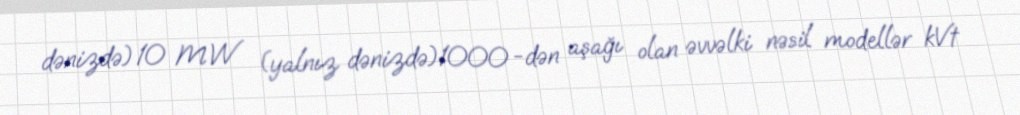
dənizdə) 10 MW (yalnız dənizdə)1000 -dən aşağı olan əvvəlki nəsil modellər kVt